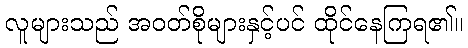
လူများသည် အဝတ်စိုများနှင့်ပင် ထိုင်နေကြရ၏။